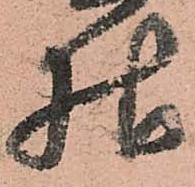
様